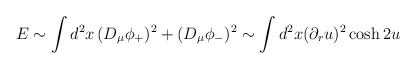
\begin{align*}E \sim \int d^2x\, (D_\mu \phi_+)^2 + (D_\mu \phi_-)^2 \sim\int d^2x (\partial_r u)^2 \cosh 2u\end{align*}